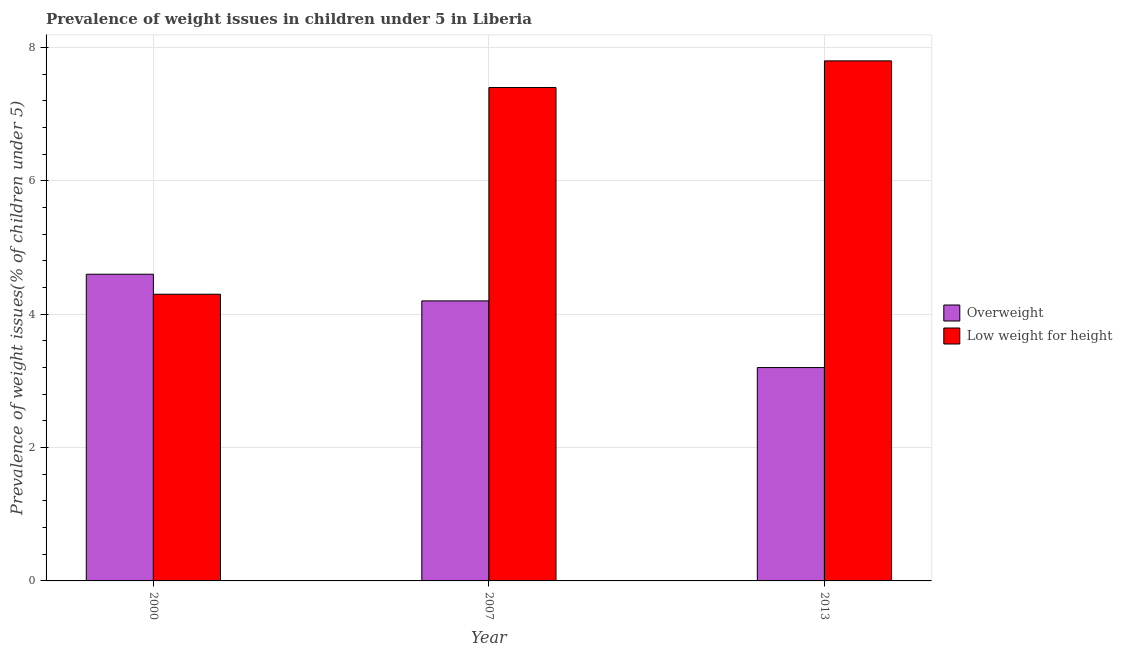
| Year | Overweight | Low weight for height |
 | --- | --- | --- |
 | 2000 | 4.6 | 4.3 |
 | 2007 | 4.2 | 7.4 |
 | 2013 | 3.2 | 7.8 |